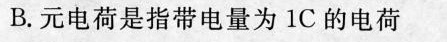
B.元电荷是指带电量为1C的电荷